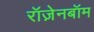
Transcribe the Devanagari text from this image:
रॉज़ेनबॉम